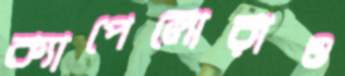
ক্যাপেলোরাও